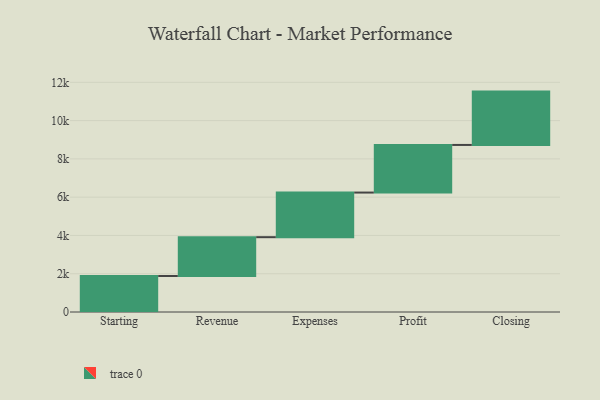
{"axis": {"x": "Step", "y": "Value"}, "legend": [""], "data": [{"x": "Starting", "y": 1880.0, "type": ""}, {"x": "Revenue", "y": 2029.0, "type": ""}, {"x": "Expenses", "y": 2331.0, "type": ""}, {"x": "Profit", "y": 2488.0, "type": ""}, {"x": "Closing", "y": 2787.0, "type": ""}]}